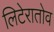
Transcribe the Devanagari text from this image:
लिटेरातोव